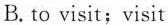
B.to visit;visit